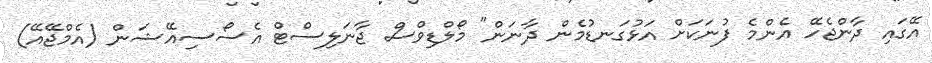
އޭގައި ދާންޖެހޭ އެންމެ ފުނަކަށް އަޅުގަނޑުމެން ދާނަން" މޯލްޑިވްސް ޖާނަލިސްޓް އެސޯސިއޭޝަން (އެމްޖޭއޭ)